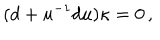
( d + u ^ { - 1 } d u ) \kappa = 0 \, ,